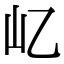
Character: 𡴭